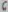
Text: 6